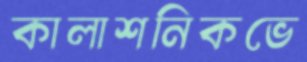
কালাশনিকভে